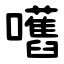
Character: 嚿